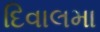
દિવાલમા